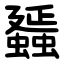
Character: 䗺